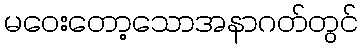
မဝေးတော့သောအနာဂတ်တွင်